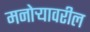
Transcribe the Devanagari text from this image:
मनोऱ्यावरील